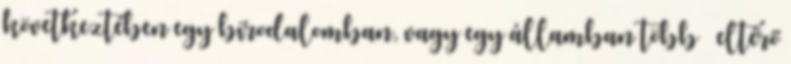
következtében egy birodalomban, vagy egy államban több – eltérő